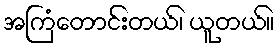
အကြံတောင်းတယ်၊ ယူတယ်။